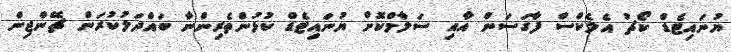
ޔުނައިޓެޑް ކޯޗު އެލެކްސް ފާގަސަން އާއި ސަލާމްކޮށް ޔުނައިޓެޑް ކުޅުންތެރިންނާ ބައްދަލުކުރަން ޗޭންޖިން